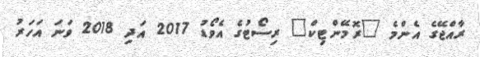
ރާއްޖޭގެ އެންމެ "ރޮމޭންޓިކް" ރިސޯޓުގެ އެވޯޑު 2017 އަދި 2018 ވަނަ އަހަރު